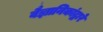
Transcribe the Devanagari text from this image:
वैज्ञानिकांद्वारे